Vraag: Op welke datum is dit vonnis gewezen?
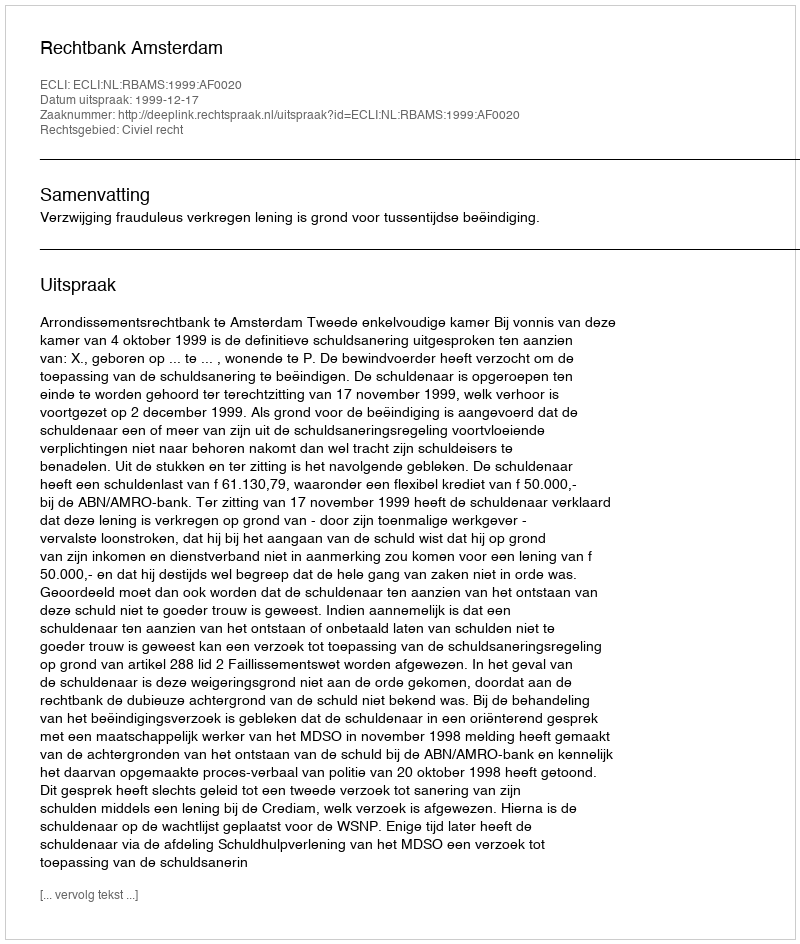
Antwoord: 1999-12-17